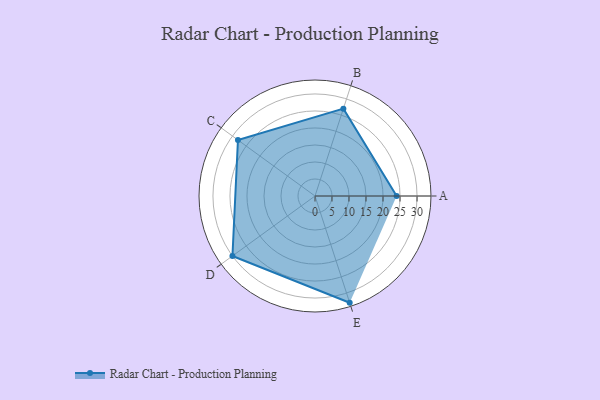
{"axis": {"x": "Skill", "y": "Score"}, "legend": ["Profile"], "data": [{"x": "A", "y": 24.0, "type": "Profile"}, {"x": "B", "y": 27.0, "type": "Profile"}, {"x": "C", "y": 28.0, "type": "Profile"}, {"x": "D", "y": 30.0, "type": "Profile"}, {"x": "E", "y": 33.0, "type": "Profile"}]}